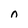
Character: n